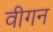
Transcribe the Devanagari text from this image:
वीगन